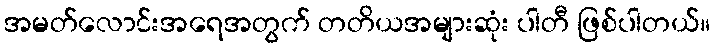
အမတ်လောင်းအရေအတွက် တတိယအများဆုံး ပါတီ ဖြစ်ပါတယ်။